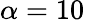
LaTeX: \alpha=10